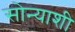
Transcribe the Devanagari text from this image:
सोन्याशी